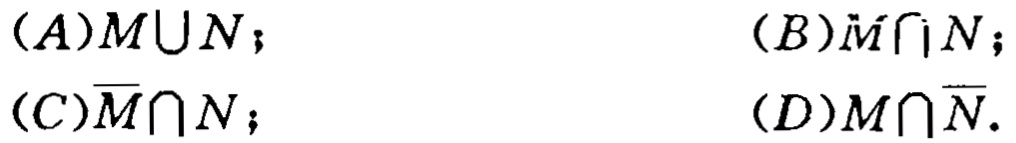
(A)$M\cup N$；

(B)$\overline{M}\cap N$；

(C)$\overline{M}\cap N$；

(D)$M\cap\overline{N}$